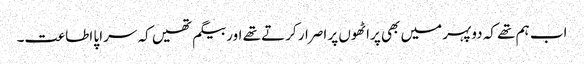
اب ہم تھے کہ دوپہر میں بھی پراٹھوں پر اصرار کرتے تھے اور بیگم تھیں کہ سراپا اطاعت۔